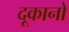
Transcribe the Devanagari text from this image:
दूकानो